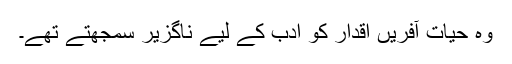
وہ حیات آفریں اقدار کو ادب کے لیے ناگزیر سمجھتے تھے۔